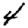
Digit: 4